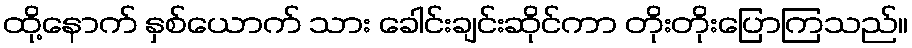
ထို့နောက် နှစ်ယောက် သား ခေါင်းချင်းဆိုင်ကာ တိုးတိုးပြောကြသည်။